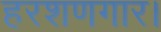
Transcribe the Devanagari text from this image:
हरशणगार।